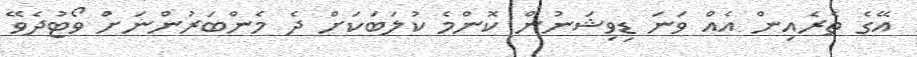
އޭގެ ތެރެއިން އެއް ވަނަ ޑިވިޝަނުން ކޮންމެ ކުލަބަކަށް ދެ މެންބަރުންނަށް ވޯޓުދެވޭ